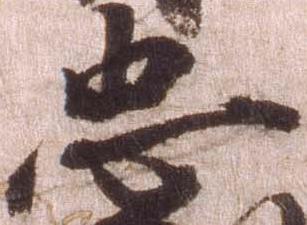
忠